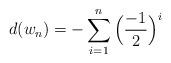
LaTeX: \begin{align*}d(w_n)=-\sum_{i=1}^{n}\Big(\frac{-1}{2}\Big)^{i}\end{align*}